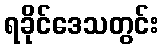
ရခိုင်ဒေသတွင်း